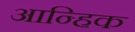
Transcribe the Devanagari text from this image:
आन्हिक